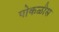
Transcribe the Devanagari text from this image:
पोकळीस